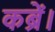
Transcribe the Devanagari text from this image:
कब्रें।